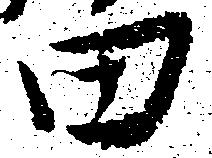
田